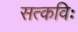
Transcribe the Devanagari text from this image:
सत्कविः